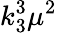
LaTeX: k_{3}^{3}\mu^{2}